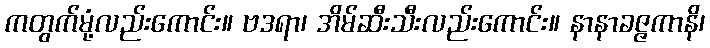
ကတွက်မုံ့လည်းကောင်း။ ဗဒရာ၊ အိမ်ဆီးသီးလည်းကောင်း။ နာနာခဇ္ဇကာနိ၊